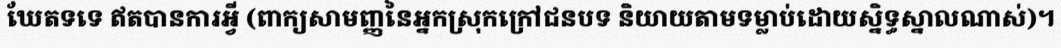
ឃែតទទេ ឥតបានការអ្វី (ពាក្យសាមញ្ញនៃអ្នកស្រុកក្រៅជនបទ និយាយតាមទម្លាប់ដោយស្និទ្ធស្នាលណាស់)។